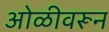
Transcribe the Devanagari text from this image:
ओळीवरून